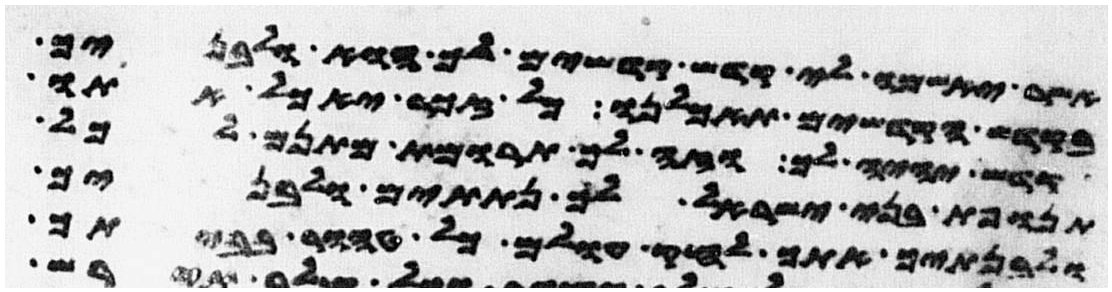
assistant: אשר יאשמו לי קדש קדשים לך הוא ולבניך
בקדש הקדשים תאכלנו כל זכר יאכל אתו
קדש יהיה לך וזה לך תרומת מתנם לכל
תנופת בני ישראל לך נתתים ולבניך
ולבנתיך אתך לחק עולם כל טהור בביתך